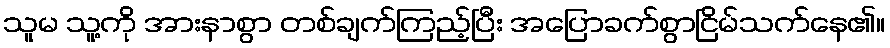
သူမ သူ့ကို အားနာစွာ တစ်ချက်ကြည့်ပြီး အပြောခက်စွာငြိမ်သက်နေ၏။